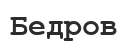
Бедров